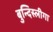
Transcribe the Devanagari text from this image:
बुन्दिस्लीगा